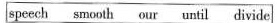
speech smooth our until divide